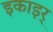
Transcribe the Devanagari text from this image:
इकाइर्